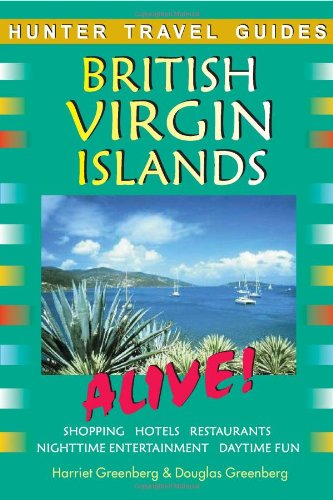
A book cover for British Virgin Islands Alive Guide; Harriet Greenberg; Travel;